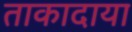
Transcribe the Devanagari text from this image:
ताकादाया